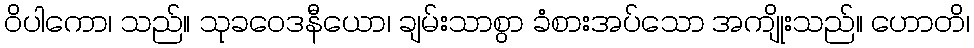
ဝိပါကော၊ သည်။ သုခဝေဒနီယော၊ ချမ်းသာစွာ ခံစားအပ်သော အကျိုးသည်။ ဟောတိ၊